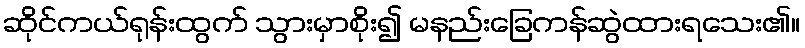
ဆိုင်ကယ်ရုန်းထွက် သွားမှာစိုး၍ မနည်းခြေကန်ဆွဲထားရသေး၏။